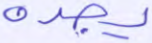
يجده